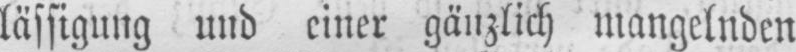
lässigung und einer gänzlich mangelnden